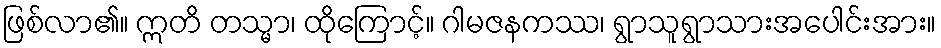
ဖြစ်လာ၏။ ဣတိ တသ္မာ၊ ထိုကြောင့်။ ဂါမဇနကဿ၊ ရွာသူရွာသားအပေါင်းအား။